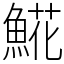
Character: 𩸽